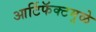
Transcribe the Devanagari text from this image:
आर्टिफॅक्टमुळे